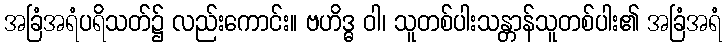
အခြံအရံပရိသတ်၌ လည်းကောင်း။ ဗဟိဒ္ဓ ဝါ၊ သူတစ်ပါးသန္တာန်သူတစ်ပါး၏ အခြံအရံ